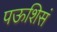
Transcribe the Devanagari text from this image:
पऊशिसं